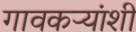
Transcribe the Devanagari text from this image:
गावकऱ्यांशी